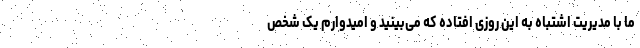
ما با مدیریت اشتباه به این روزی افتاده که می‌بینید و امیدوارم یک شخص